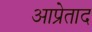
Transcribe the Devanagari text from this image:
आप्रेताद